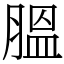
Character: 膃